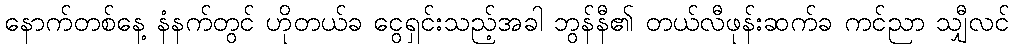
နောက်တစ်နေ့ နံနက်တွင် ဟိုတယ်ခ ငွေရှင်းသည့်အခါ ဘွန်နီ၏ တယ်လီဖုန်းဆက်ခ ကင်ညာ သျှီလင်